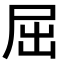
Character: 屈